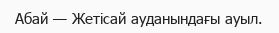
Абай — Жетісай ауданындағы ауыл.